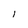
Character: l